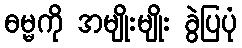
ဓမ္မကို အမျိုးမျိုး ခွဲပြပုံ